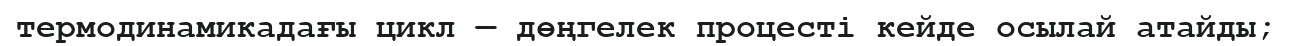
термодинамикадағы цикл — дөңгелек процесті кейде осылай атайды;